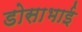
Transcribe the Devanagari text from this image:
डोसाभाई